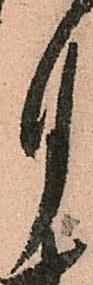
月